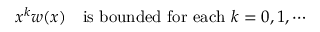
x ^ { k } w ( x ) \ \ \mathrm { ~ i s ~ b o u n d e d ~ f o r ~ e a c h } \ k = 0 , 1 , \cdots